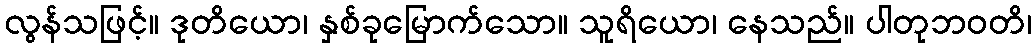
လွန်သဖြင့်။ ဒုတိယော၊ နှစ်ခုမြောက်သော။ သူရိယော၊ နေသည်။ ပါတုဘဝတိ၊